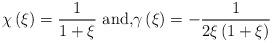
LaTeX: \begin{align*}\chi\left( \xi\right) \overset{}{=}\frac{1}{1+\xi}\text{ and,}\gamma\left( \xi\right) \overset{}{=}-\frac{1}{2\xi\left(1+\xi\right) }\end{align*}